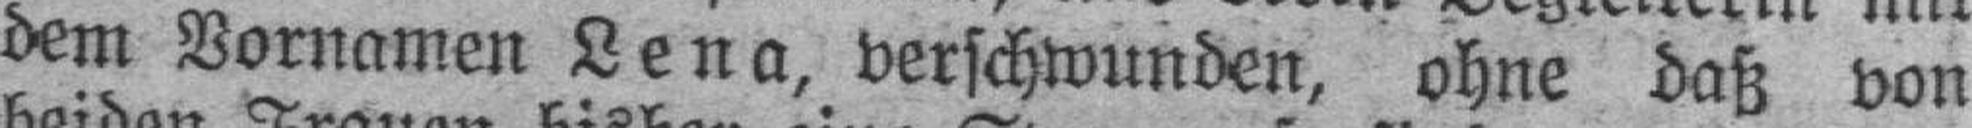
dem Vornamen Lena, verschwunden, ohne daß von